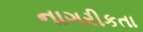
નાગરીકતા